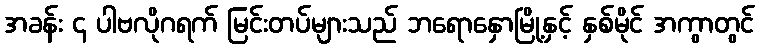
အခန်း ၄ ပါဗလိုဂရက် မြင်းတပ်များသည် ဘရောနှောမြို့နှင့် နှစ်မိုင် အကွာတွင်